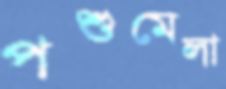
পশুমেলা